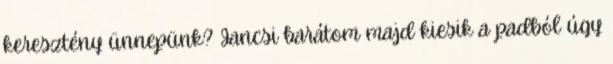
keresztény ünnepünk? Jancsi barátom majd kiesik a padból úgy